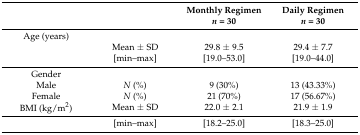
<table><thead><tr><td></td><td></td><td><b>Monthly Regimen<i>n</i> = 30</b></td><td><b>Daily Regimen<i>n</i> = 30</b></td></tr></thead><tbody><tr><td>Age (years)</td><td></td><td></td><td></td></tr><tr><td></td><td>Mean ± SD</td><td>29.8 ± 9.5</td><td>29.4 ± 7.7</td></tr><tr><td></td><td>[min–max]</td><td>[19.0–53.0]</td><td>[19.0–44.0]</td></tr><tr><td>Gender</td><td></td><td></td><td></td></tr><tr><td>Male</td><td><i>N</i> (%)</td><td>9 (30%)</td><td>13 (43.33%)</td></tr><tr><td>Female</td><td><i>N</i> (%)</td><td>21 (70%)</td><td>17 (56.67%)</td></tr><tr><td>BMI (kg/m<sup>2</sup>)</td><td>Mean ± SD</td><td>22.0 ± 2.1</td><td>21.9 ± 1.9</td></tr><tr><td></td><td>[min–max]</td><td>[18.2–25.0]</td><td>[18.3–25.0]</td></tr></tbody></table>